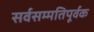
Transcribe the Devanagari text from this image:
सर्वसम्मतिपूर्वक